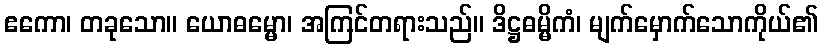
ဧကော၊ တခုသော။ ယောဓမ္မော၊ အကြင်တရားသည်။ ဒိဋ္ဌဓမ္မိကံ၊ မျက်မှောက်သောကိုယ်၏